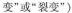
变”或”裂变”)